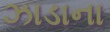
ઝાડાના